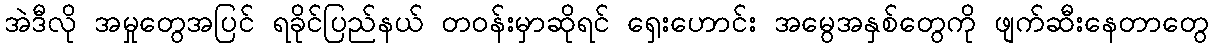
အဲဒီလို အမှုတွေအပြင် ရခိုင်ပြည်နယ် တဝန်းမှာဆိုရင် ရှေးဟောင်း အမွေအနှစ်တွေကို ဖျက်ဆီးနေတာတွေ